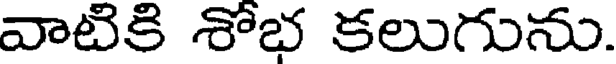
వాటికి శోభ కలుగును.